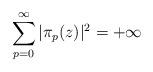
LaTeX: \begin{align*}\sum_{p=0}^{\infty}|\pi_{p}(z)|^{2}=+\infty\end{align*}